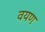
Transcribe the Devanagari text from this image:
वयण